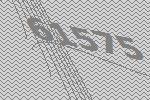
61575